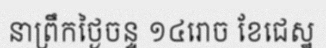
នាព្រឹកថ្ងៃចន្ទ ១៤រោច ខែជេស្ឋ